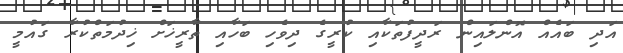
އަދި ބައެއް އޮންލައިން ރަދީފުތަކާއި ކުރީގެ ދިވެހި ބަހާއި ތާރީޚަށް ޚިދުމަތްކުރާ ގައުމީ